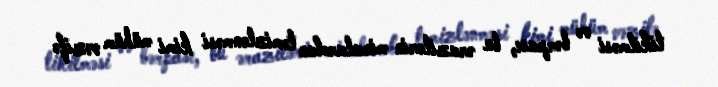
tikilməsi və bərpası, bu ərazilərin minalardan təmizlənməsi kimi mühüm vəzifə